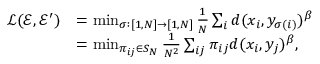
\begin{array} { r l } { \mathcal { L } ( \mathcal { E } , \mathcal { E } ^ { \prime } ) } & { = \operatorname* { m i n } _ { \sigma : [ 1 , N ] \to [ 1 , N ] } \frac { 1 } { N } \sum _ { i } d ( x _ { i } , y _ { \sigma ( i ) } ) ^ { \beta } } \\ & { = \operatorname* { m i n } _ { \pi _ { i j } \in S _ { N } } \frac { 1 } { N ^ { 2 } } \sum _ { i j } \pi _ { i j } d ( x _ { i } , y _ { j } ) ^ { \beta } , } \end{array}